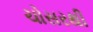
ચોસરથી